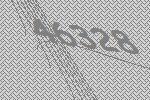
46328